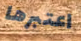
اعتبرها